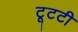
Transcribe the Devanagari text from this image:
टूटटी